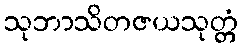
သုဘာသိတဇယသုတ္တံ